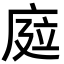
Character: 𢉊